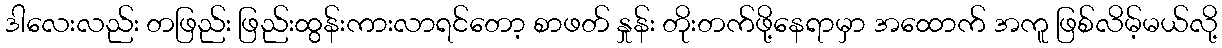
ဒါလေးလည်း တဖြည်း ဖြည်းထွန်းကားလာရင်တော့ စာဖတ် နှုန်း တိုးတက်ဖို့နေရာမှာ အထောက် အကူ ဖြစ်လိမ့်မယ်လို့